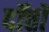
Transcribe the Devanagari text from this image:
दॉत्तॉ